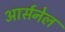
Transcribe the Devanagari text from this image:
आर्सनेल